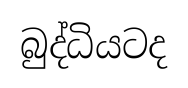
බුද්ධියටද